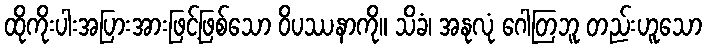
ထိုကိုးပါးအပြားအားဖြင့်ဖြစ်သော ဝိပဿနာကို။ သိခံ၊ အနုလုံ ဂေါတြဘူ တည်းဟူသော